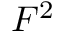
F ^ { 2 }